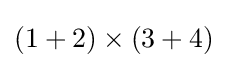
(1+2)\times (3+4)